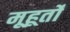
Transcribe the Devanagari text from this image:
मूहूर्तों